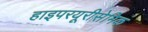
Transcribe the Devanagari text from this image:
हाइपरयूरीसेमिक